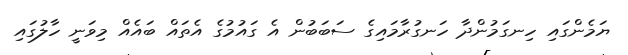
ޔަމެންގައި ހިނގަމުންދާ ހަނގުރާމައިގެ ސަބަބުން އެ ގައުމުގެ އެތައް ބައެއް މިވަނީ ހާލުގައި